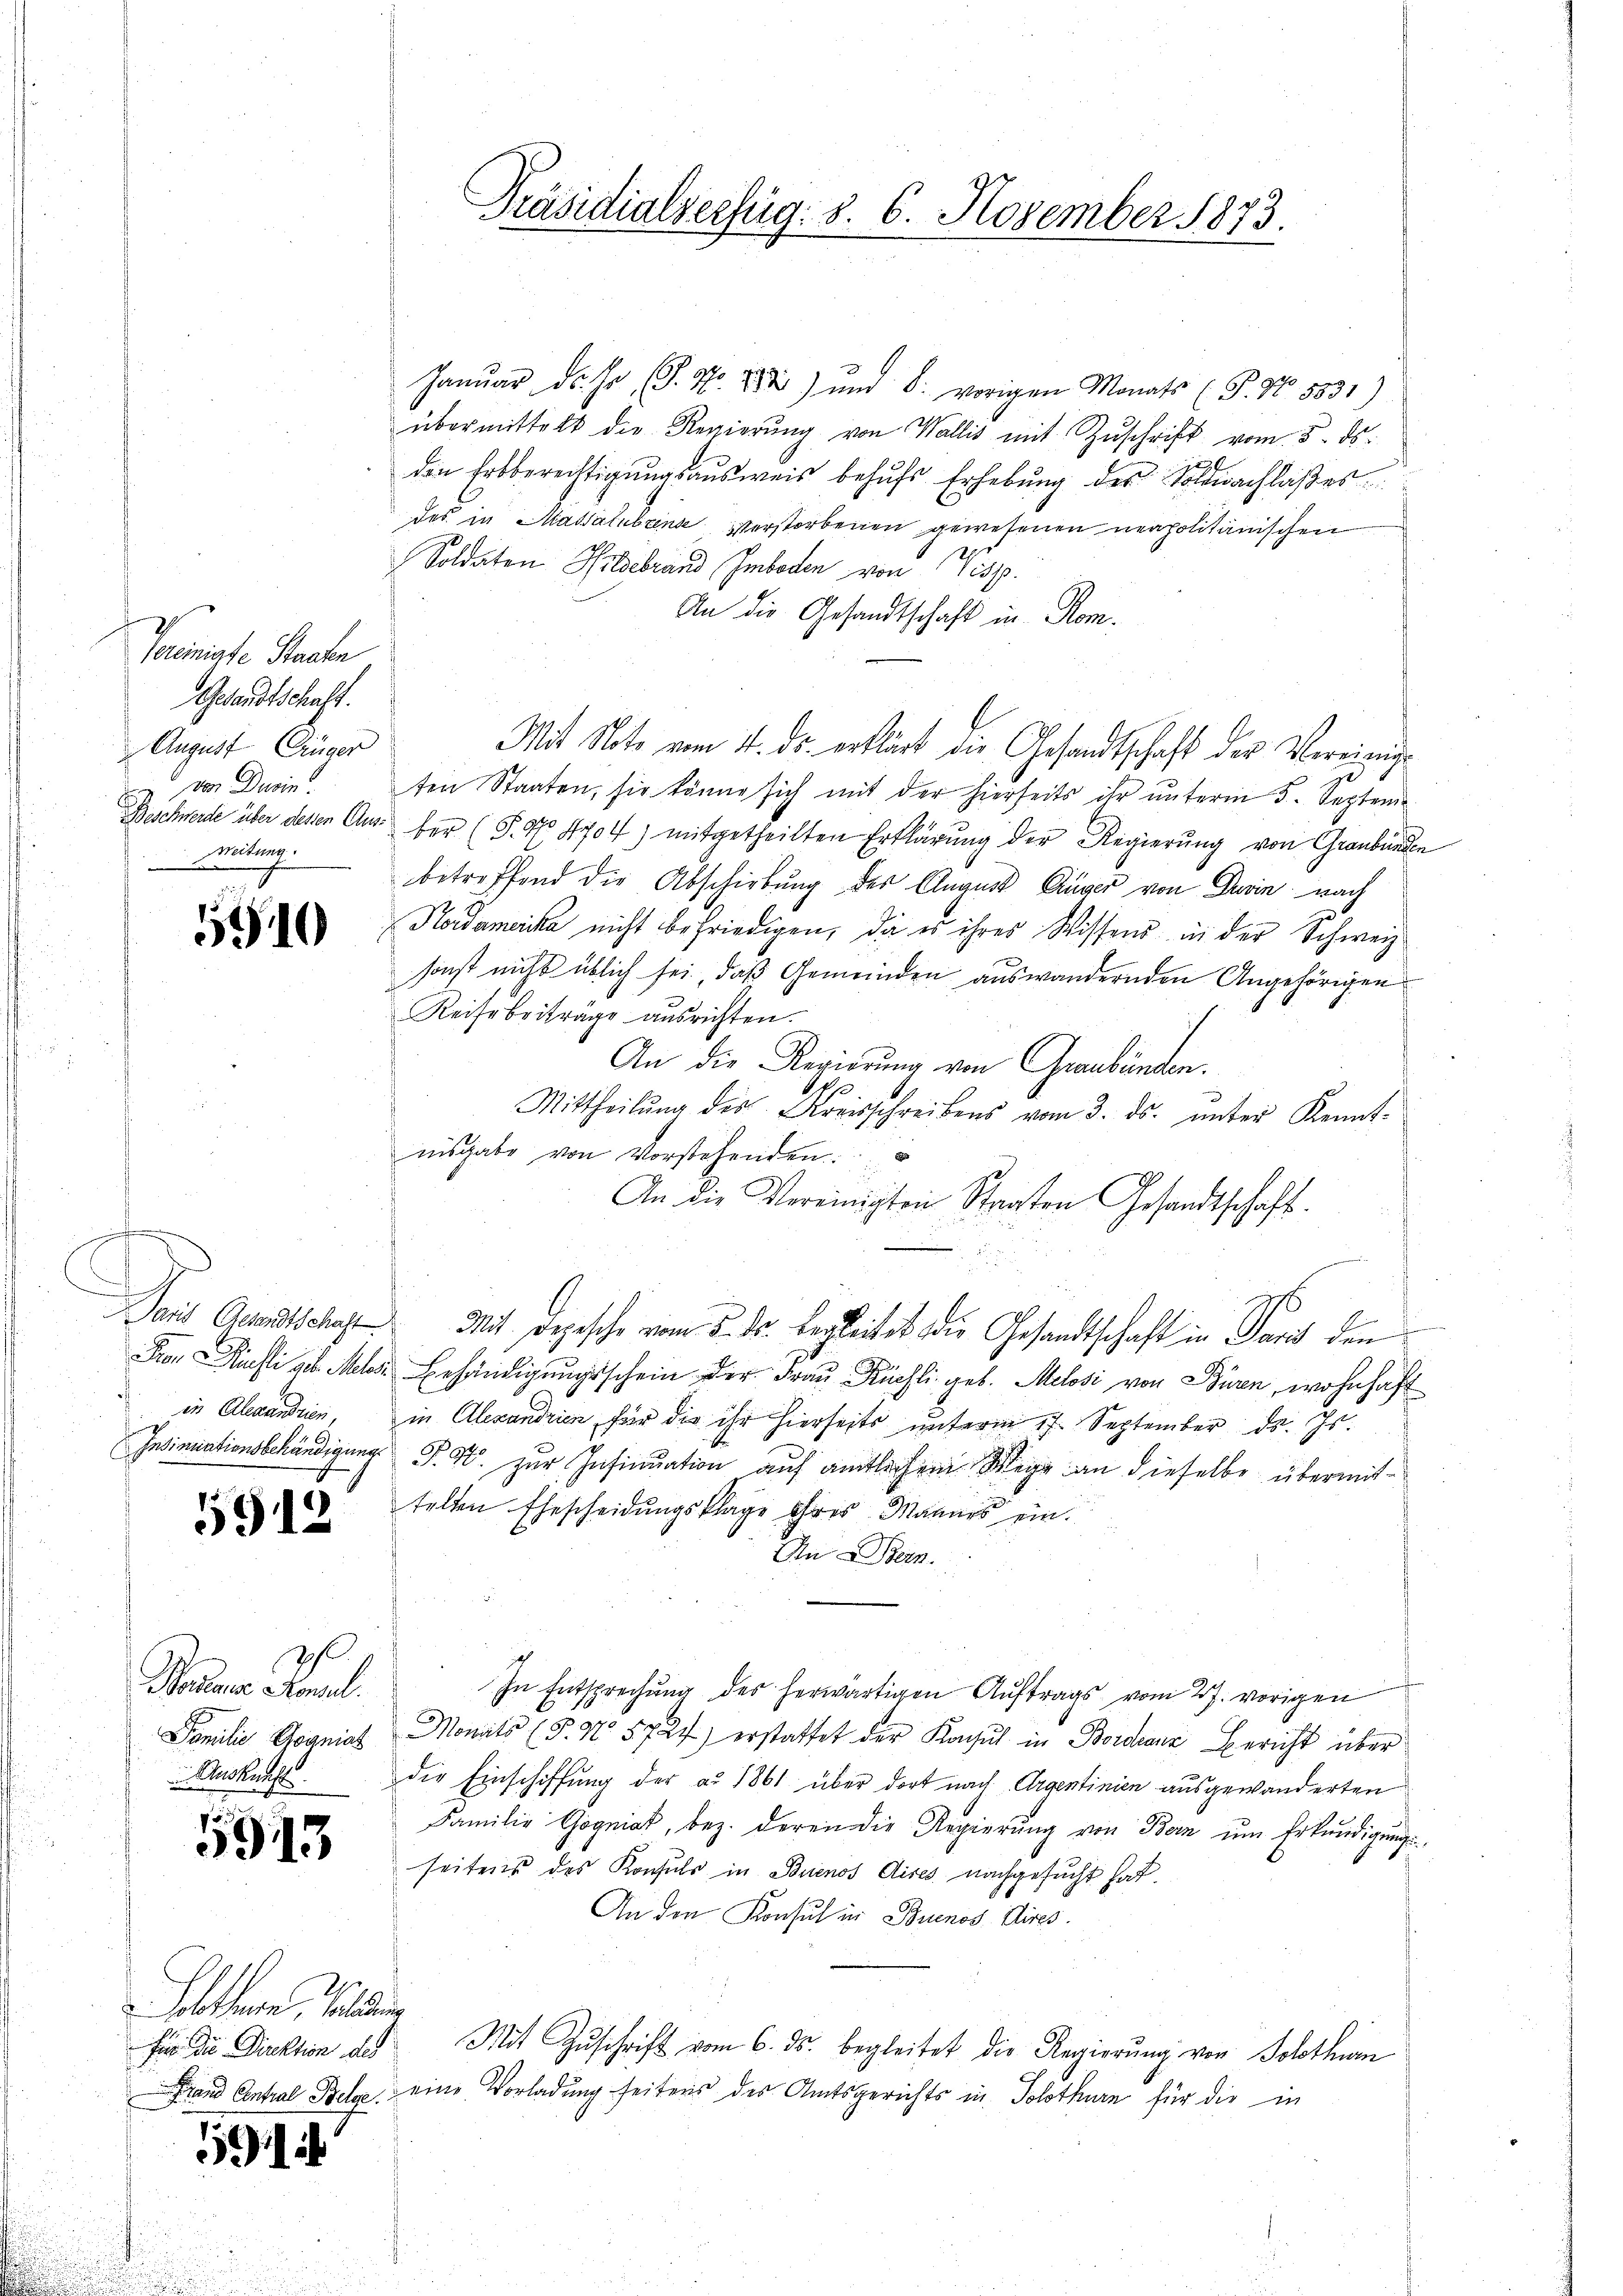
Peinigte Staate
Gesandtschaft.
August Einger
von Dein
mitung.

5910

.

5912

Raudner Paul.
Auskunft

593

Soltern, Waldun

1194

Präsidialverfug. d. 6. November 1873.

Januar ds. Hr. P. Nr. 788) und 8. vorigen Monats (T. No. 5831)
übermittelt die Regierŭng von Wallis mit Zŭschrift vom 5. ds.
den Erbberechtigungsausweis behufs Erhebung des Soldnachlaßes
des in Massatubens verstorbenen gewesenen neapolitanischen
Soldaten Wildebrand Imbeden von Visp.
An die Gesandtschaft in Rom.
Mit Note vom 11. ds. erklärt die Gesandtschaft der Vereinig
ten Staaten, sie könne sich mit der hierseits ihr unterm 5. Septem
Beschwerde über dessen Aus der (S. 4704) mitgetheilten Erklärung der Regierung von Graubünden
betreffend die Abschiebung des August Guger von Drain nach
Hordamerika nicht befriedigen, da es ihres Wissen in der Schweiz
sonst nicht üblich sei, daß Gemeinden auswandernden Angehörigen
Reise beiträge ausrichten.
An die Regierung von Graubünden.
Mittheilŭng des Kreisschreibens vom 3. ds. ŭnter Kennt-
nisgabe von Vorstehenden.
An die Vereinigten Staaten Gesandtschaft.
Paris Gesandtschaft Mit Depesche vom 5. ds. begleitet die Gesandtschaft in Paris den
Pron Richt geb. Mehr behändigungsschein der Frau Küchli geb. Melosi von Büren, wohnhaft
in Alexandrien, in Alexandrien für die ihr hierseits unterm 17. September ds. Js.
Insinuationsbehändigung P. G. zur Insinuation auf amtlichem Wege an dieselbe übermittelten Ehescheidungsklage ihres Mannes ein.
An Diern.
In Entsprechung des herwärtigen Auftrags vom 27. vorigen
Familie Kogniat Monats (§. No 5727) erstattet der Kaul in Bordes Bericht über
die Einschiffung der ad 1861 über dort nach Argentinien ausgewanderten
Familie Gegniat, bez. deren die Regierŭng von Bern ŭm Erkundigung
seitens des Konsuls in Buenos Aises nachgesucht hat.
An den Konsul in Buenos Aires.
für die Direktion des Mit Zuschrift vom 6. ds. begleitet die Regierung von Solothin
Stand Contral Belge eine Vorladung seitens der Amtsgerichts in Solothurn für die in